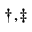
^ { \dagger , \ddagger }